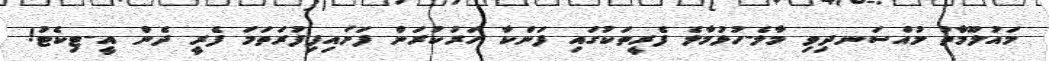
މައުލޫމާތު މުއްސަނދިވި މާލެ-ހުޅުމާލެ ފެރީތަކުގައި ފަންކާ ހަރުކުރަން ފަށައިފިފުރަތަމަ ފެރީ ދެން އީ-ޓިކެޓު!